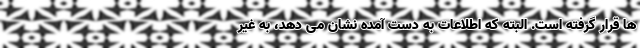
ها قرار گرفته است. البته که اطلاعات به دست آمده نشان می دهد، به غیر